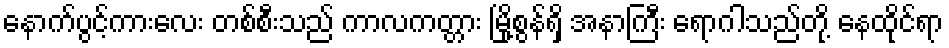
နောက်ပွင့်ကားလေး တစ်စီးသည် ကာလကတ္တား မြို့စွန်ရှိ အနာကြီး ရောဂါသည်တို့ နေထိုင်ရာ